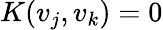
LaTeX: K(v_{j},v_{k})=0